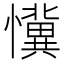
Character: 懻